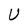
Character: U